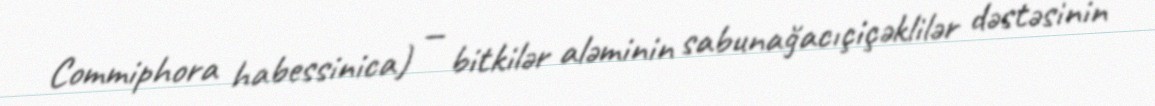
Commiphora habessinica) — bitkilər aləminin sabunağacıçiçəklilər dəstəsinin